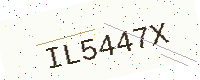
Text: IL5447X